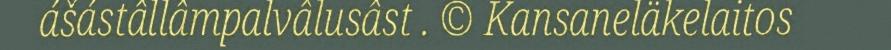
ášástâllâmpalvâlusâst . © Kansaneläkelaitos